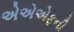
એએએફની